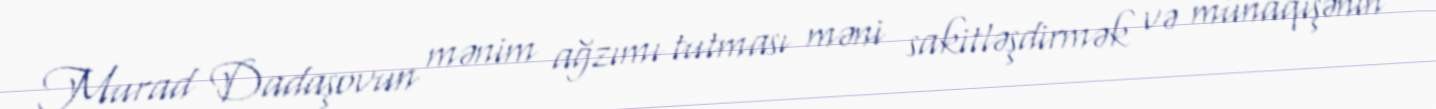
Murad Dadaşovun mənim ağzımı tutması məni sakitləşdirmək və münaqişənin